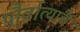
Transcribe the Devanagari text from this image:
पौर्वात्यांचे